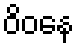
ဝိဝနေ